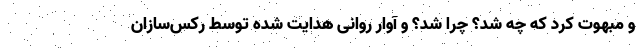
و مبهوت کرد که چه شد؟ چرا شد؟ و آوار روانی هدایت شده توسط رکس‌سازان